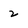
Character: 2